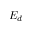
E _ { d }